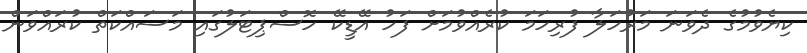
ކިޔެވުމުގެ ދެވަނަ މަރުހަލާ ފުރިހަމަ ކުރެއްވުމަށް ފަހު އޭޑީކޭ ހޮސްޕިޓަލުގައި މަސައްކަތް ކުރައްވަން